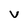
Character: v